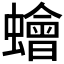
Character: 𧒯